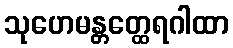
သုဟေမန္တတ္ထေရဂါထာ